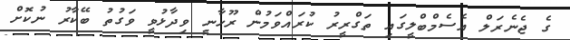
ގެ ޖެނެރަލް އެސެމްބްލީގައި ތަގްރީރު ކުރައްވަމުން ރޫހާނީ ވިދާޅުވީ ވަގުތު ބޭކާރު ނުކޮށް